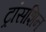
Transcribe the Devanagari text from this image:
ट्रांसशिन